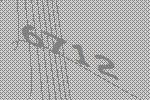
6712